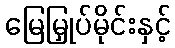
မြေမြှုပ်မိုင်းနှင့်